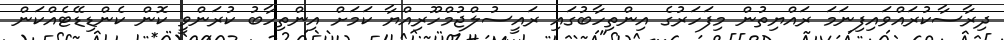
ދިރާސާކުރައްވައިފިނަމަ ރައްޔިތުން މިފަހަރުގެ އިންތިހާބުގައި ރައީސުލްޖުމްހޫރިއްޔާ ކަމަށް އިންތިހާބު ކުރަންވީ ކޮން ކެންޑިޑޭޓެއްކަން